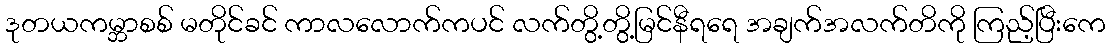
ဒုတယကမ္ဘာစစ် မတိုင်ခင် ကာလလောက်ကပင် လက်တွိ့တွိ့မြင်နီရရေ အချက်အလက်တိကို ကြည့်ပြီးကေ